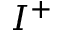
I ^ { + }